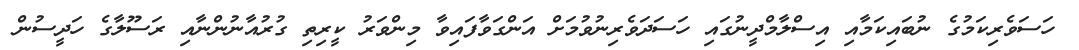
ހަސަވެރިކަމުގެ ނުބައިކަމާއި އިސްލާމްދީނުގައި ހަސަދަވެރިނުވުމަށް އަންގަވާފައިވާ މިންވަރު ކީރިތި ގުރުއާނުންނާއި ރަސޫލާގެ ހަދީސުން